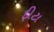
ફીટા